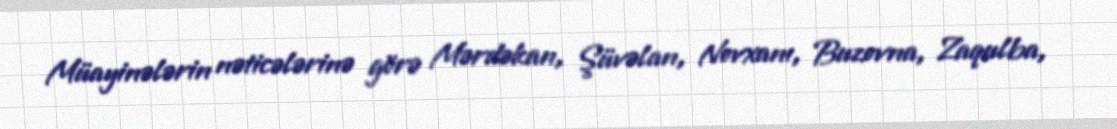
Müayinələrin nəticələrinə görə Mərdəkan, Şüvəlan, Novxanı, Buzovna, Zaqulba,